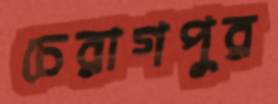
চেরাগপুর